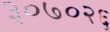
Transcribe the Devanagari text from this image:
३०७०२६